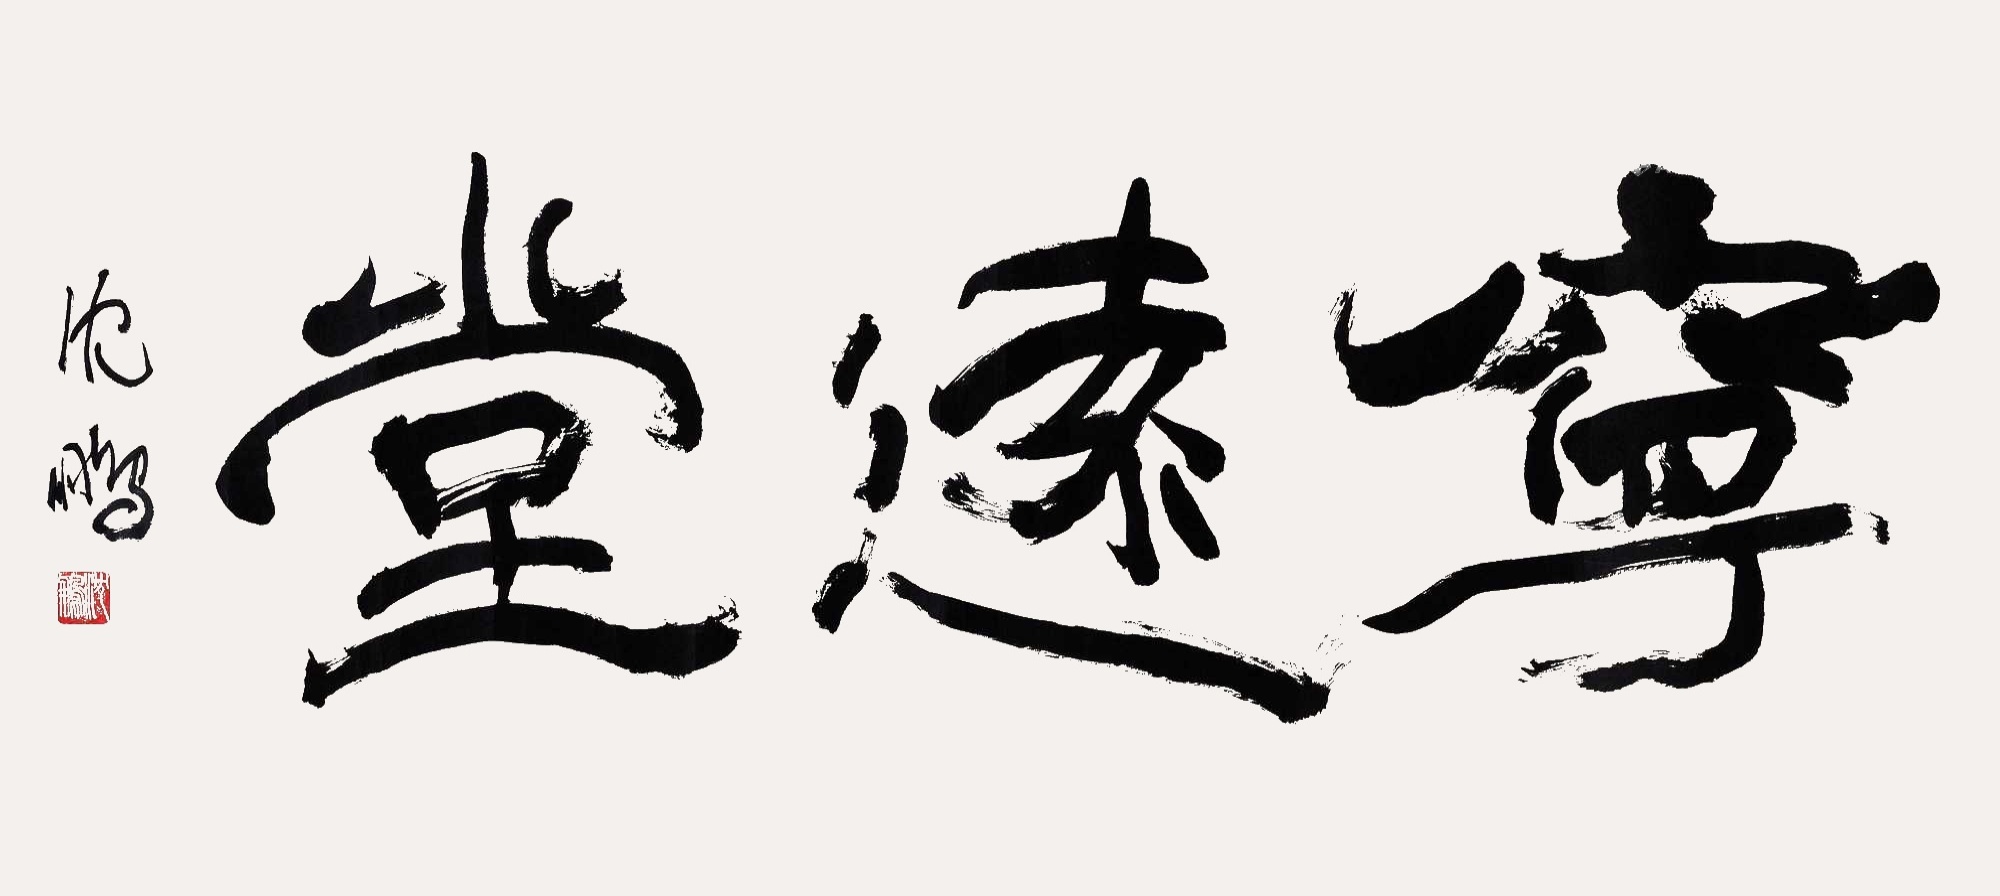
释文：宁远堂。沈鹏。